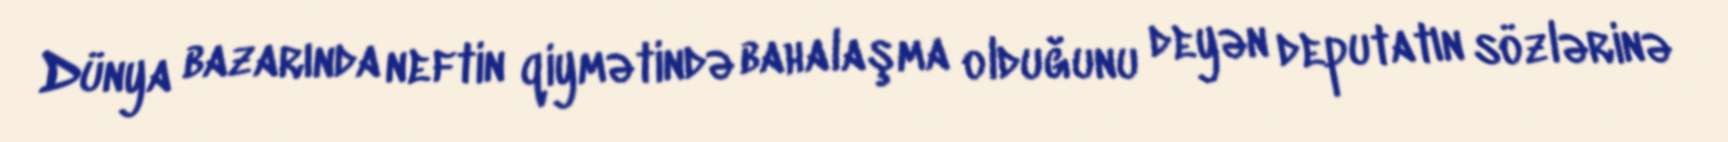
Dünya bazarında neftin qiymətində bahalaşma olduğunu deyən deputatın sözlərinə